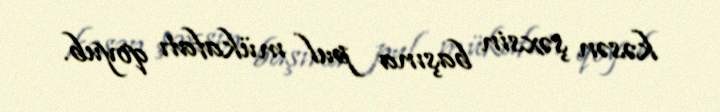
kəsən şəxsin başına pul mükafatı qoyub.